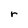
Character: r